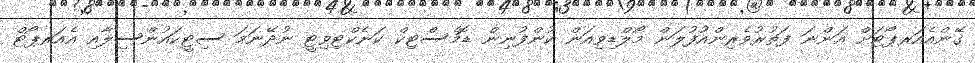
ގޭންއެއަރޕޯޓަށް އަންނަ ފަތުރުވެރިންއުފުލަން މޯލްޑިވިއަން ކުންފުނިން ޑޮމެސްޓިކް ކަނެކްޓިވިޓީ ނުދޭނަމަ ސިޓީކައުންސިލާއި އެއަރޕޯޓް